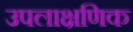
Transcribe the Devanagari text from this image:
उपलाक्षणिक